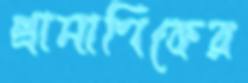
প্রামাণিকের